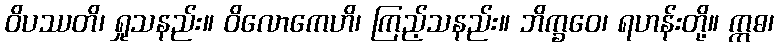
ဝိပဿတိ၊ ရှုသနည်း။ ဝိလောကေဟိ၊ ကြည့်သနည်း။ ဘိက္ခဝေ၊ ရဟန်းတို့။ ဣဓ၊